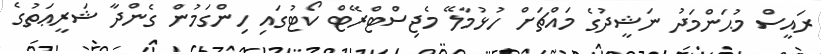
ރައީސް މުޙަންމަދު ނަޝީދުގެ މައްޗަށް ހުޅުމާލޭ މެޖިސްޓްރޭޓް ކޯޓުގައި ހިންގަމުން ގެންދާ ޝަރީޢަތުގެ